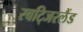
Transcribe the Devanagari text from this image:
स्वटि्जरलैंड